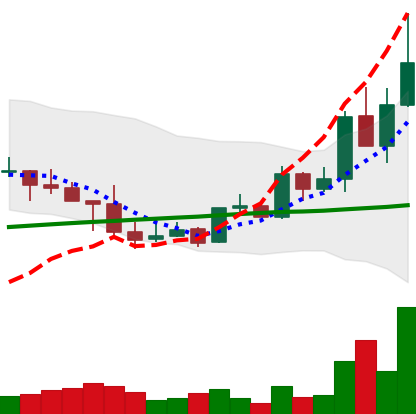
Ticker: LINK-USD
Chart end date: 2019-05-09
Forward return: 28.637%
Label: up_7plus